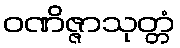
ဝဏိဇ္ဇာသုတ္တံ